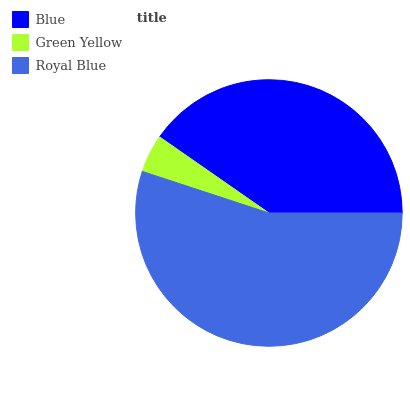
| Blue | Green Yellow | Royal Blue |
 | --- | --- | --- |
 | 40.3% | 4.63% | 55.1% |